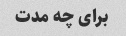
برای چه مدت